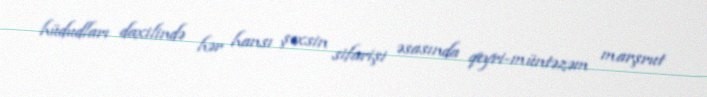
hüdudları daxilində hər hansı şəxsin sifarişi əsasında qeyri-müntəzəm marşrut